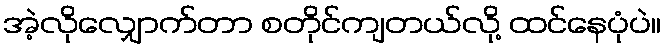
အဲ့လိုလျှောက်တာ စတိုင်ကျတယ်လို့ ထင်နေပုံပဲ။